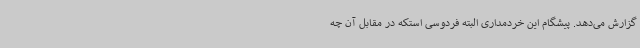
گزارش می‌دهد. پیشگام این خردمداری البته فردوسی استکه در مقابل آن چه